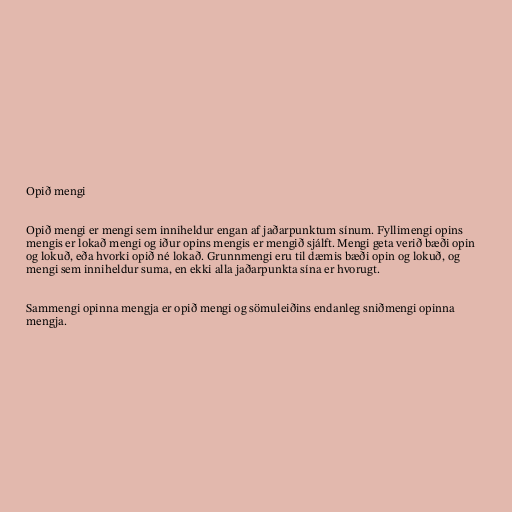
Opið mengi

Opið mengi er mengi sem inniheldur engan af jaðarpunktum sínum. Fyllimengi opins
mengis er lokað mengi og iður opins mengis er mengið sjálft. Mengi geta verið bæði opin
og lokuð, eða hvorki opið né lokað. Grunnmengi eru til dæmis bæði opin og lokuð, og
mengi sem inniheldur suma, en ekki alla jaðarpunkta sína er hvorugt.

Sammengi opinna mengja er opið mengi og sömuleiðins endanleg sniðmengi opinna
mengja.